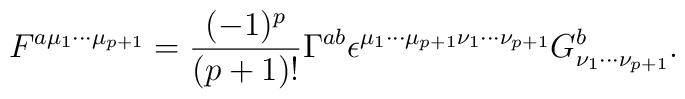
F^{a{\mu}_{1}{\cdots}{\mu}_{p+1}}=\frac{(-1)^p}{(p+1)!}{\Gamma}^{ab}{\epsilon}^{{\mu}_{1}{\cdots}{\mu}_{p+1}{\nu}_{1}{\cdots}{\nu}_{p+1}}G^{b}_{{\nu}_{1}{\cdots}{\nu}_{p+1}}.